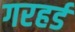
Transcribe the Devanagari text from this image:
गरहर्ड